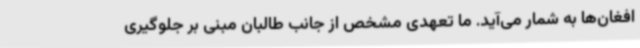
افغان‌ها به شمار می‌آید. ما تعهدی مشخص از جانب طالبان مبنی بر جلوگیری